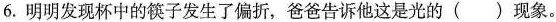
6.明明发现杯中的筷子发生了偏折，爸爸告诉他这是光的()现象。